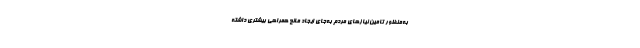
به‌منظور تامین نیازهای مردم به‌جای ایجاد مانع همراهی بیشتری داشته